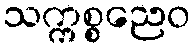
သက္ကစ္စညေဝ